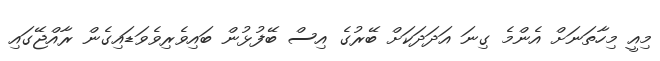
މިއީ މިހާތަނަށް އެންމެ ގިނަ އަދަދަކަށް ބޭރުގެ އިސް ބޭފުޅުން ބައިވެރިވެވަޑައިގެން ރާއްޖޭގައި